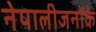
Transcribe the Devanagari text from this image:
नेपालीजनोंके